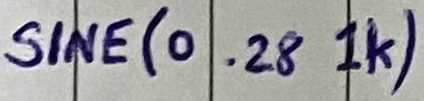
Text: SINE(0 .28 1K)